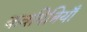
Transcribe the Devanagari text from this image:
कवयित्रियाँ